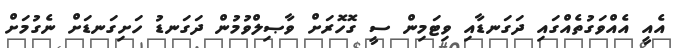
އެއީ އެއްވަގުތެއްގައި ދަގަނޑާއި ވިޓަމިން ސީ ގޮހޮރަށް ވާޞިލްވުމުން ދަގަނޑު ހަށިގަނޑަށް ނެގުމަށް